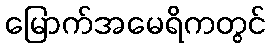
မြောက်အမေရိကတွင်